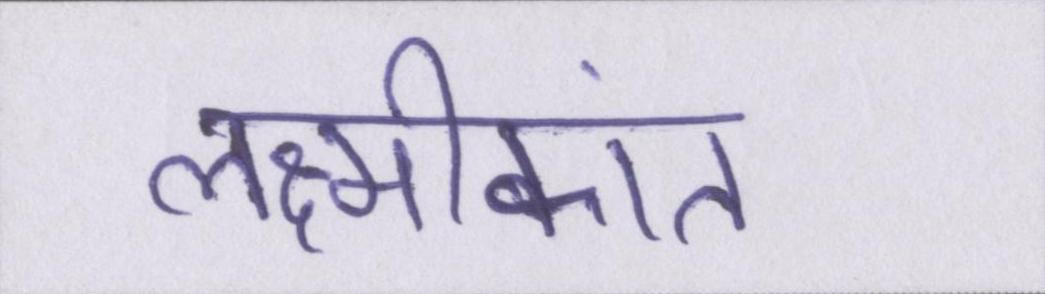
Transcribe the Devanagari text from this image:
लक्ष्मीकांत